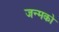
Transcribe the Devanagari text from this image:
जन्मको